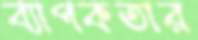
ব্যাপকতার